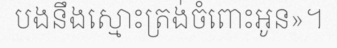
បងនឹងស្មោះត្រង់ចំពោះអូន»។